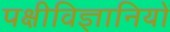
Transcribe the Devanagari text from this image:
पक्षीविज्ञानियों